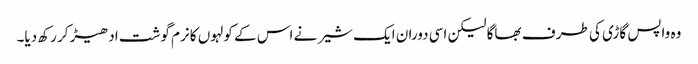
وہ واپس گاڑی کی طر ف بھاگا لیکن اسی دوران ایک شیر نے اس کے کولہوں کا نرم گوشت ادھیڑ کر رکھ دیا۔